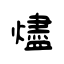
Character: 燼